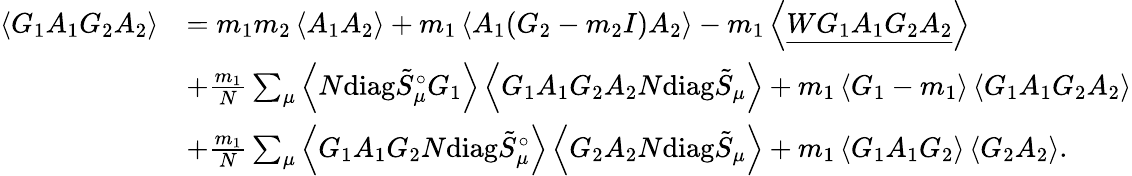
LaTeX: \begin{array}{rl}{\left\langle{G_{1}A_{1}G_{2}A_{2}}\right\rangle}&{=m_{1}m_{2}\left\langle{A_{1}A_{2}}\right\rangle+m_{1}\left\langle{A_{1}(G_{2}-m_{2}I)A_{2}}\right\rangle-m_{1}\left\langle{\underline{{WG_{1}A_{1}G_{2}A_{2}}}}\right\rangle}\\ &{+\frac{m_{1}}{N}\sum_{\mu}\left\langle{N\mathrm{diag}\tilde{S}_{\mu}^{\circ}G_{1}}\right\rangle\left\langle{G_{1}A_{1}G_{2}A_{2}N\mathrm{diag}\tilde{S}_{\mu}}\right\rangle+m_{1}\left\langle{G_{1}-m_{1}}\right\rangle\left\langle{G_{1}A_{1}G_{2}A_{2}}\right\rangle}\\ &{+\frac{m_{1}}{N}\sum_{\mu}\left\langle{G_{1}A_{1}G_{2}N\mathrm{diag}\tilde{S}_{\mu}^{\circ}}\right\rangle\left\langle{G_{2}A_{2}N\mathrm{diag}\tilde{S}_{\mu}}\right\rangle+m_{1}\left\langle{G_{1}A_{1}G_{2}}\right\rangle\left\langle{G_{2}A_{2}}\right\rangle.}\end{array}